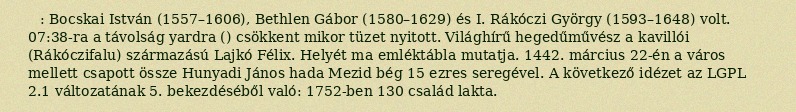
: Bocskai István (1557–1606), Bethlen Gábor (1580–1629) és I. Rákóczi György (1593–1648) volt. 07:38-ra a távolság  yardra () csökkent mikor tüzet nyitott. Világhírű hegedűművész a kavillói (Rákóczifalu) származású Lajkó Félix. Helyét ma emléktábla mutatja. 1442. március 22-én a város mellett csapott össze Hunyadi János hada Mezid bég 15 ezres seregével. A következő idézet az LGPL 2.1 változatának 5. bekezdéséből való: 1752-ben 130 család lakta.